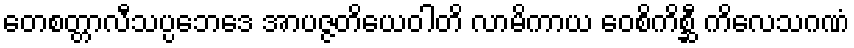
တေစတ္တာလီသပ္ပဘေဒေ အာပဇ္ဇတိယေဝါတိ လာမိကာယ ဝေစိကိစ္ဆီ ကိလေသဂဏံ